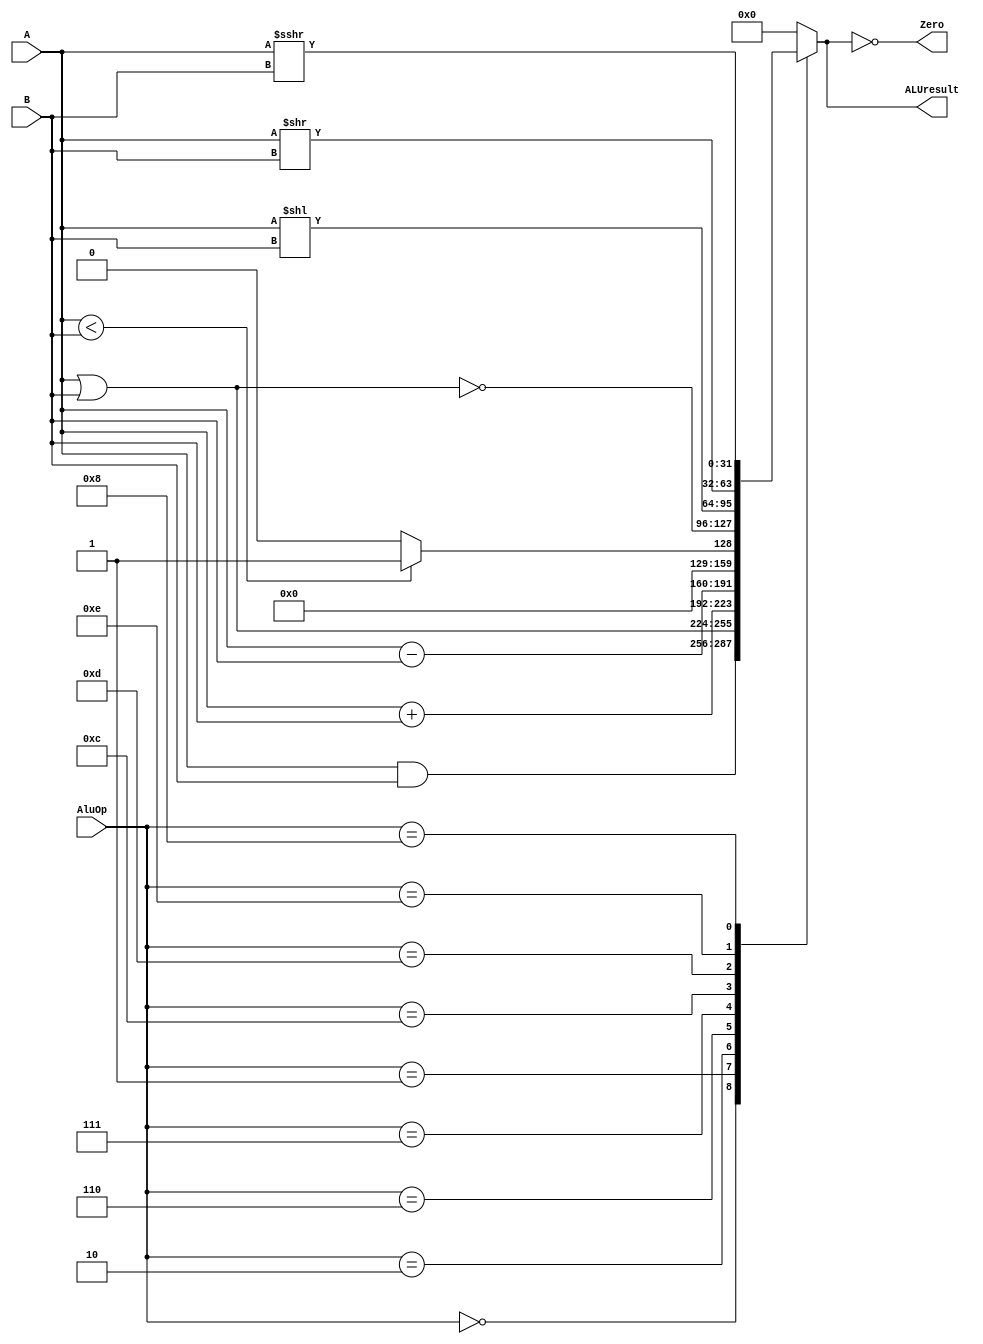
module ALU(Zero,ALUresult,A,B,AluOp);
output			Zero;
output	reg	[31:0]	ALUresult; 
input  		[31:0]	A,B;
input 		[ 3:0]	AluOp;

assign Zero = (ALUresult==0);

always@(AluOp,A,B)
	begin
		case (AluOp)
			4'b0000 : ALUresult<= A&B;   	 	//AND
			4'b0001 : ALUresult<= A|B;		//OR
			4'b0010 : ALUresult<= A+B;			//ADD
			4'b0110 : ALUresult<= A-B;		//SUB
			4'b0111 : ALUresult<= (A<B)?1:0;	// SLT
			4'b1100 : ALUresult<= ~(A|B);	//NOR

			4'b1101 : ALUresult<= A<<B; 	//sll
			4'b1110 : ALUresult<= A>>B;			//srl
			4'b1000 : ALUresult<= A>>>B;	//sra

			default : ALUresult <=0;
		endcase
	end
endmodule

module Add(Result,A,B);
	output  reg [31:0] Result;
	input 		[31:0] A,B;

	initial begin Result=32'd0; end

always @(A,B)
begin
	Result=A+B;
end
endmodule